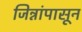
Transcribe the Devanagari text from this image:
जिन्नांपासून